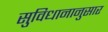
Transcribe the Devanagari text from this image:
सुविधानानुसार